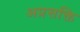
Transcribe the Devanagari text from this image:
अप्रसक्ति